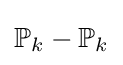
\mathbb {P} _{k}-\mathbb {P} _{k}